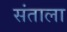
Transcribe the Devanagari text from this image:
संताला